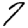
Digit: 7